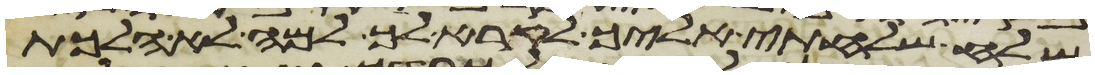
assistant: שלח שלחתי אליך לקרא לך למה לא הלכת